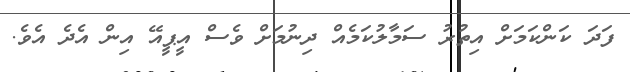
ފަދަ ކަންކަމަށް އިތުރު ސަމާލުކަމެއް ދިނުމަށް ވެސް އީޕީއޭ އިން އެދެ އެވެ.